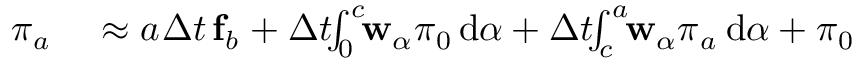
\begin{array} { r l } { \boldsymbol { \pi } _ { a _ { } } } & { { } \approx a _ { } \Delta t { } \, \mathbf { f } _ { b _ { } } + \Delta t { } \! \! \int _ { 0 } ^ { c _ { } } \! \! \mathbf { w } _ { \alpha { } } \boldsymbol { \pi } _ { 0 } \, \mathrm { d } \alpha { } + \Delta t { } \! \! \int _ { c _ { } } ^ { a _ { } } \! \! \mathbf { w } _ { \alpha { } } \boldsymbol { \pi } _ { a _ { } } \, \mathrm { d } \alpha { } + \boldsymbol { \pi } _ { 0 } } \end{array}